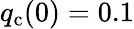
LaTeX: q_{\mathrm{c}}(0)=0.1